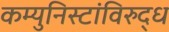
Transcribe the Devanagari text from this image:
कम्युनिस्टांविरुद्ध